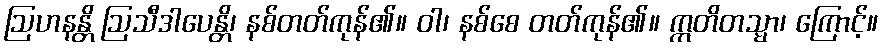
ဩဟနန္တိ ဩသီဒါပေန္တိ၊ နစ်တတ်ကုန်၏။ ဝါ၊ နစ်စေ တတ်ကုန်၏။ ဣတိတသ္မာ၊ ကြောင့်။